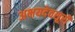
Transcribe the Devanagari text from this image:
अभयदेवसूरी